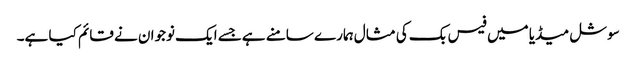
سوشل میڈیا میں فیس بک کی مثال ہمارے سامنے ہےجسے ایک نوجوان نے قائم کیا ہے۔